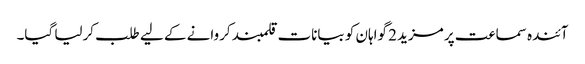
آئندہ سماعت پر مزید 2 گواہان کو بیانات قلمبند کروانے کے لیے طلب کرلیا گیا۔